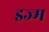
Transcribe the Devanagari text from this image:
इज्म